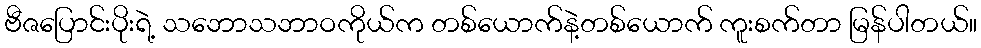
ဗီဇပြောင်းပိုးရဲ့ သဘောသဘာဝကိုယ်က တစ်ယောက်နဲ့တစ်ယောက် ကူးစက်တာ မြန်ပါတယ်။